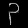
Digit: ၃